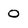
Character: 0